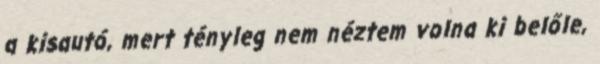
a kisautó, mert tényleg nem néztem volna ki belőle,